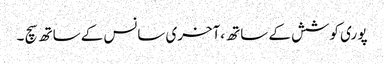
پو ری کوشش کے ساتھ ،آخری سانس کے ساتھ سچ ۔